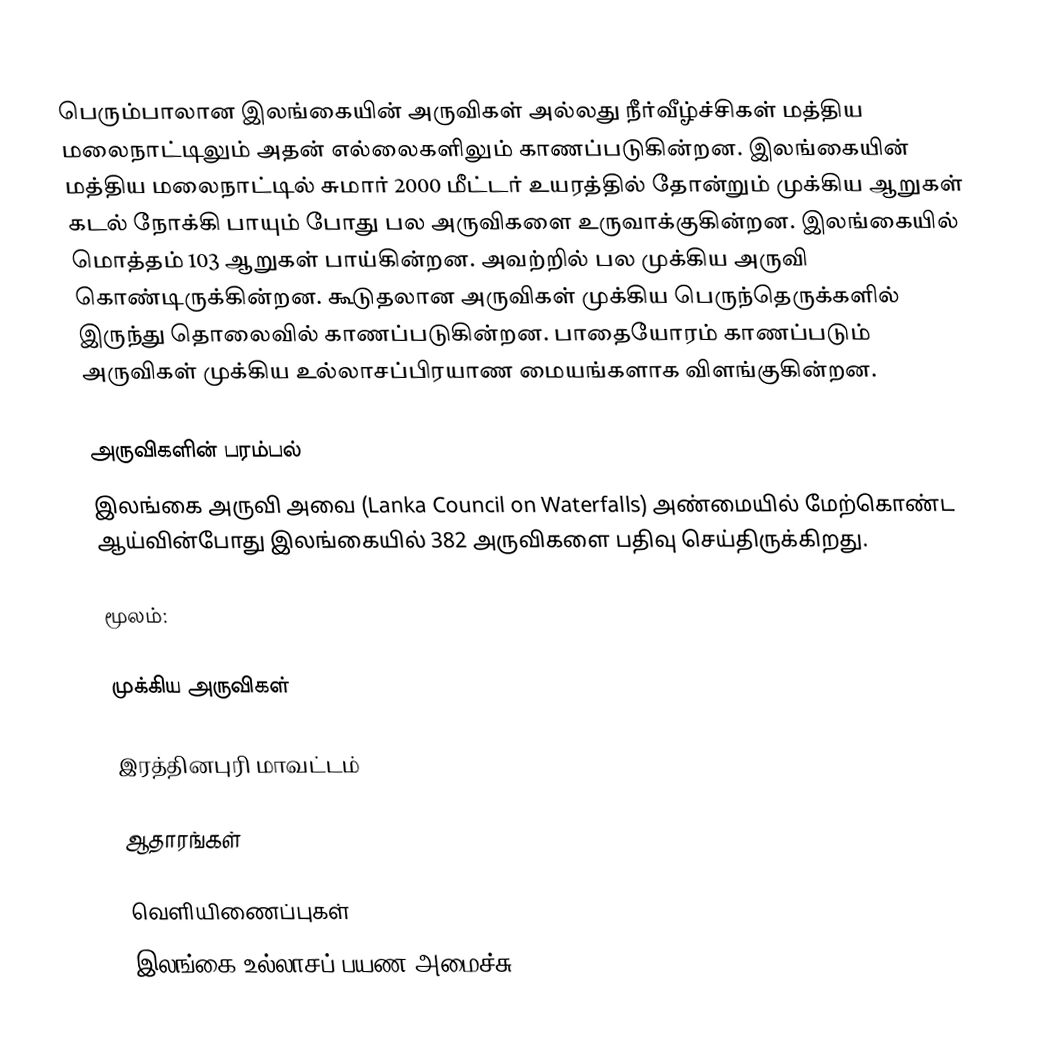
பெரும்பாலான இலங்கையின் அருவிகள் அல்லது நீர்வீழ்ச்சிகள் மத்திய மலைநாட்டிலும் அதன் எல்லைகளிலும் காணப்படுகின்றன. இலங்கையின் மத்திய மலைநாட்டில் சுமார் 2000 மீட்டர் உயரத்தில் தோன்றும் முக்கிய ஆறுகள் கடல் நோக்கி பாயும் போது பல அருவிகளை உருவாக்குகின்றன. இலங்கையில் மொத்தம் 103 ஆறுகள் பாய்கின்றன. அவற்றில் பல முக்கிய அருவி கொண்டிருக்கின்றன. கூடுதலான  அருவிகள் முக்கிய பெருந்தெருக்களில் இருந்து தொலைவில் காணப்படுகின்றன. பாதையோரம் காணப்படும் அருவிகள் முக்கிய உல்லாசப்பிரயாண மையங்களாக விளங்குகின்றன.

அருவிகளின் பரம்பல்
இலங்கை அருவி அவை (Lanka Council on Waterfalls) அண்மையில் மேற்கொண்ட ஆய்வின்போது இலங்கையில் 382 அருவிகளை பதிவு செய்திருக்கிறது.

மூலம்:

முக்கிய அருவிகள்

இரத்தினபுரி மாவட்டம்

ஆதாரங்கள்

வெளியிணைப்புகள்
 இலங்கை உல்லாசப் பயண அமைச்சு